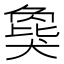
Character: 𬌾